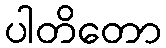
ပါတိတော